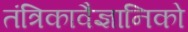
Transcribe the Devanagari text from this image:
तंत्रिकावैज्ञानिको